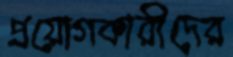
প্রয়োগকারীদের